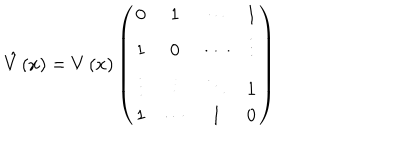
LaTeX: \hat { V } \left( x \right) = V \left( x \right) \left( \begin{array} { c c c c } { { 0 } } & { { 1 } } & { { \cdots } } & { { 1 } } \\ { { 1 } } & { { 0 } } & { { \cdots } } & { { \vdots } } \\ { { \vdots } } & { { \vdots } } & { { \ddots } } & { { 1 } } \\ { { 1 } } & { { \cdots } } & { { 1 } } & { { 0 } } \\ \end{array} \right)